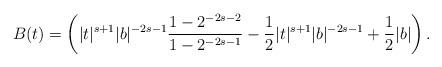
LaTeX: \begin{align*}B(t)= \left(|t|^{s+1}|b|^{-2s-1}\frac{1-2^{-2s-2}}{1-2^{-2s-1}}-\frac{1}{2}|t|^{s+1}|b|^{-2s-1}+\frac{1}{2}|b|\right).\end{align*}